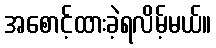
အစောင့်ထားခဲ့ရလိမ့်မယ်။